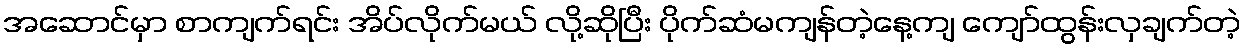
အဆောင်မှာ စာကျက်ရင်း အိပ်လိုက်မယ် လို့ဆိုပြီး ပိုက်ဆံမကျန်တဲ့နေ့ကျ ကျော်ထွန်းလှချက်တဲ့